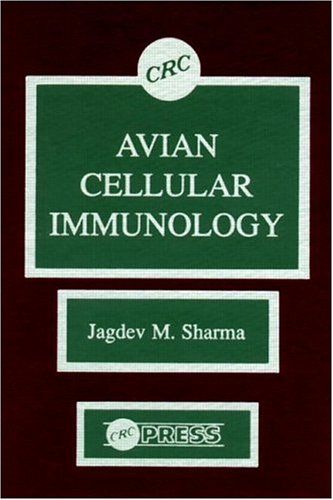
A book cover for Avian Cellular Immunology; Jagdev M. Sharma; Medical Books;